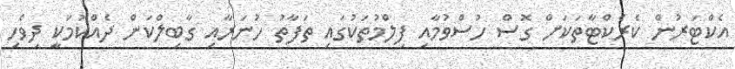
އެކްޓަރުން ކެރެކްޓާތަކަށް ގޮސް ހުސްވުމާއި ފިލްމުތަކުގައި ތަފާތު ހުނަރާއި ގާބިލްކަން ދެއްކުމަކީ ދިވެހި